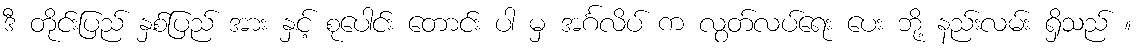
ဒီ တိုင်းပြည် နှစ်ပြည် အား နှင့် စုပေါင်း တောင်း ပါ မှ အင်္ဂလိပ် က လွတ်လပ်ရေး ပေး ဘို့ နည်းလမ်း ရှိသည် ။